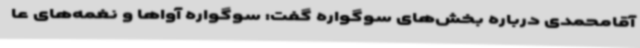
آقامحمدی درباره بخش‌های سوگواره گفت: سوگواره آواها و ‌نغمه‌های عا